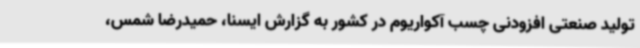
تولید صنعتی افزودنی چسب آکواریوم در کشور به گزارش ایسنا، حمیدرضا شمس،